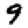
Digit: 9